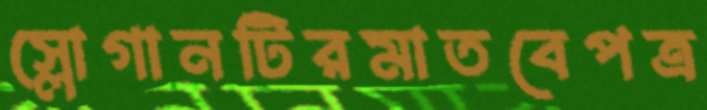
স্লোগানটিরমাতবেপত্র